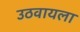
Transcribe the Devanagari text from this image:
उठवायला